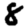
Digit: 8